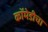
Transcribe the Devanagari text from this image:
कॉमेडीचा